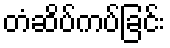
တံဆိပ်ကပ်ခြင်း